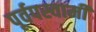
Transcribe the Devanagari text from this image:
पूर्वपस्वामी